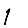
Digit: 1